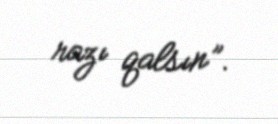
razı qalsın”.